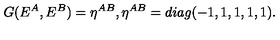
G ( E ^ { A } , E ^ { B } ) = \eta ^ { A B } , \eta ^ { A B } = d i a g ( - 1 , 1 , 1 , 1 , 1 ) .